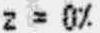
Z = 0%